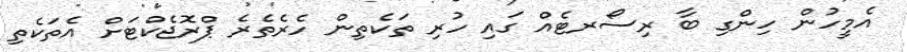
އެމީހުން ހިންގި ބާ ރިސޯރޓެއް ގައި ހުރި ތަކެތިން ހެރެތެރެ ޕްރޮޖެކްޓަށް އެތަކެތި